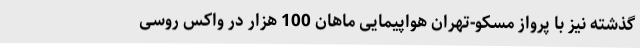
گذشته نیز با پرواز مسکو-تهران هواپیمایی ماهان 100 هزار در واکس روسی